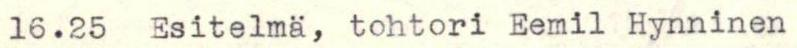
16.25  Esitelmä, tohtori Eemil Hynninen